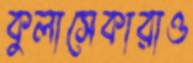
কুলাসেকারাও